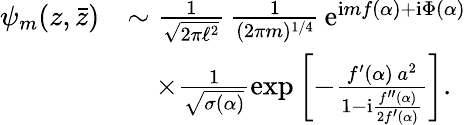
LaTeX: \begin{array}{rl}{\psi_{m}(z,\bar{z})}&{\sim\frac{1}{\sqrt{2\pi\ell^{2}}}\, \frac{1}{(2\pi m)^{1/4}}\, \mathrm{e}^{\mathrm{i}mf(\alpha)+\mathrm{i}\Phi(\alpha)}}\\ &{\quad\times\frac{1}{\sqrt{\sigma(\alpha)}}\exp\left[-\frac{f^{\prime}(\alpha)\, a^{2}}{1-\mathrm{i}\frac{f^{\prime\prime}(\alpha)}{2f^{\prime}(\alpha)}}\right].}\end{array}